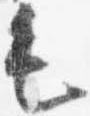
毛